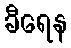
ခီရေန